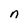
Character: n